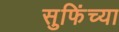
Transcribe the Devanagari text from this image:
सुफिंच्या